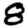
Digit: 8